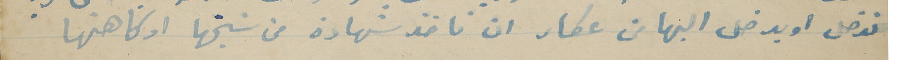
ندخل او يدخل اليها من عكار ان ناخذ شهادة من شيخها او كاهنها